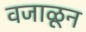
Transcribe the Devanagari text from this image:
वजाळून